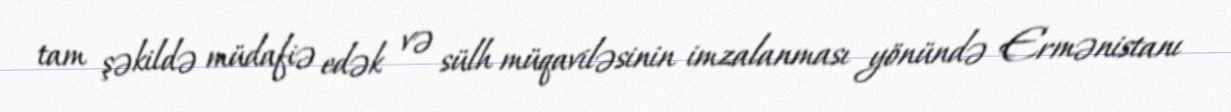
tam şəkildə müdafiə edək və sülh müqaviləsinin imzalanması yönündə Ermənistanı